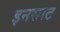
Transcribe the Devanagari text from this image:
इनसाट